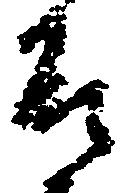
殿